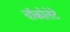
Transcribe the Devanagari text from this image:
चॉकोलेटे